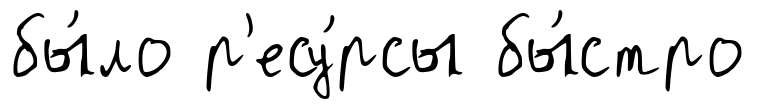
бы́ло р'есу́рсы бы́стро